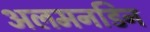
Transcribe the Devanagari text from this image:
अलमनडिन